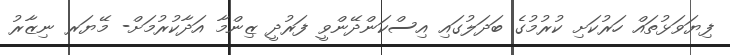
ފިޔަވަޅުތައް ހަރުކަށި ކުރުމުގެ ބަދަލުގައި އިސްކަންދޭންވީ ފަރުދީ ޒިންމާ އަދާކުރުމަށް- މޭޔަރ ނިޒާރު